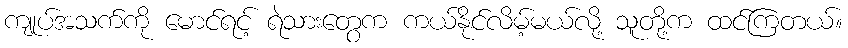
ကျုပ်အသက်ကို မောင်ရင့် ရဲသားတွေက ကယ်နိုင်လိမ့်မယ်လို့ သူတို့က ထင်ကြတယ်။